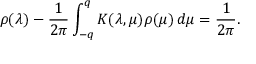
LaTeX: \rho ( \lambda ) - \frac { 1 } { 2 \pi } \int _ { - q } ^ { q } K ( \lambda , \mu ) \rho ( \mu ) \, d \mu = \frac { 1 } { 2 \pi } .